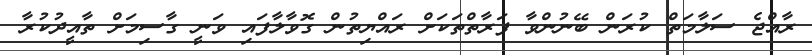
ރާއްޖެ ސަލާމަތް ކުރަން ބޭނުންވާ ފަރާތްތަކަށް ރައްޔިތުން ގޮވާލާފައި ވަނީ ގާސިމަށް ތާއީދުކުރާ